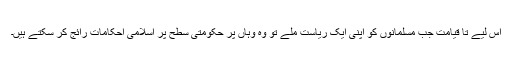
اس لیے تا قیامت جب مسلمانوں کو اپنی ایک ریاست ملے تو وہ وہاں پر حکومتی سطح پر اسلامی احکامات رائج کر سکتے ہیں۔